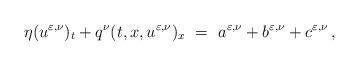
LaTeX: \begin{align*} \eta(u^{\varepsilon,\nu})_t + q^{\nu}(t,x,u^{\varepsilon,\nu})_x~ = ~a^{\varepsilon,\nu}+b^{\varepsilon,\nu}+c^{\varepsilon,\nu}\,,\end{align*}